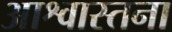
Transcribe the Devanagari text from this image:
आश्वास्तना